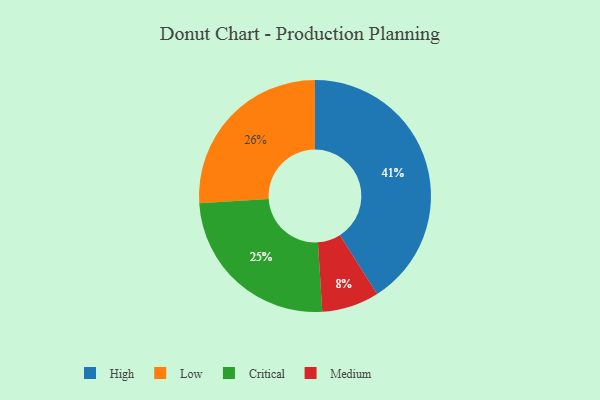
{"axis": {"x": "Category", "y": "Percentage"}, "legend": ["Critical", "High", "Low", "Medium"], "data": [{"x": "High", "y": 41, "type": "High"}, {"x": "Critical", "y": 25, "type": "Critical"}, {"x": "Medium", "y": 8, "type": "Medium"}, {"x": "Low", "y": 26, "type": "Low"}]}